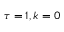
\tau = 1 , k = 0